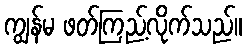
ကျွန်မ ဖတ်ကြည့်လိုက်သည်။